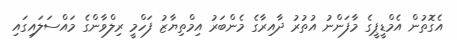
އެގޮތުން އެމްޑީޕީގެ މާފަންނު އުތުރު ދާއިރާގެ މެންބަރު އިމްތިޔާޒު ފަހްމީ ރިލްވާންގެ މައްސަލައިގައި